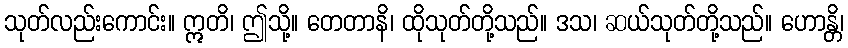
သုတ်လည်းကောင်း။ ဣတိ၊ ဤသို့။ တေတာနိ၊ ထိုသုတ်တို့သည်။ ဒသ၊ ဆယ်သုတ်တို့သည်။ ဟောန္တိ၊